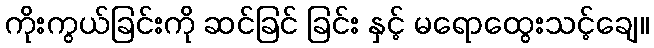
ကိုးကွယ်ခြင်းကို ဆင်ခြင် ခြင်း နှင့် မရောထွေးသင့်ချေ။